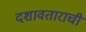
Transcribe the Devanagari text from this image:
दशावताराची